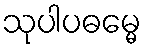
သုပါပဓမ္မေ